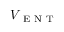
V _ { \mathrm { ~ E ~ N ~ T ~ } }